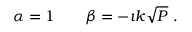
\alpha = 1 \qquad \beta = - \i k \sqrt { P } \ .